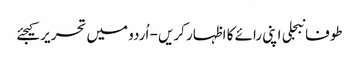
طوفانبجلی اپنی رائے کا اظہار کریں - اُردو میں تحریر کیجئے